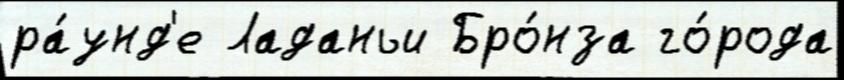
ра́унд'е Ладаньи Бро́нза го́рода